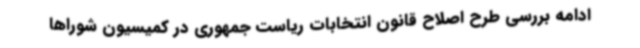
ادامه بررسی طرح اصلاح قانون انتخابات ریاست جمهوری در کمیسیون شوراها